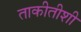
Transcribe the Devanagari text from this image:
ताकीतीशी